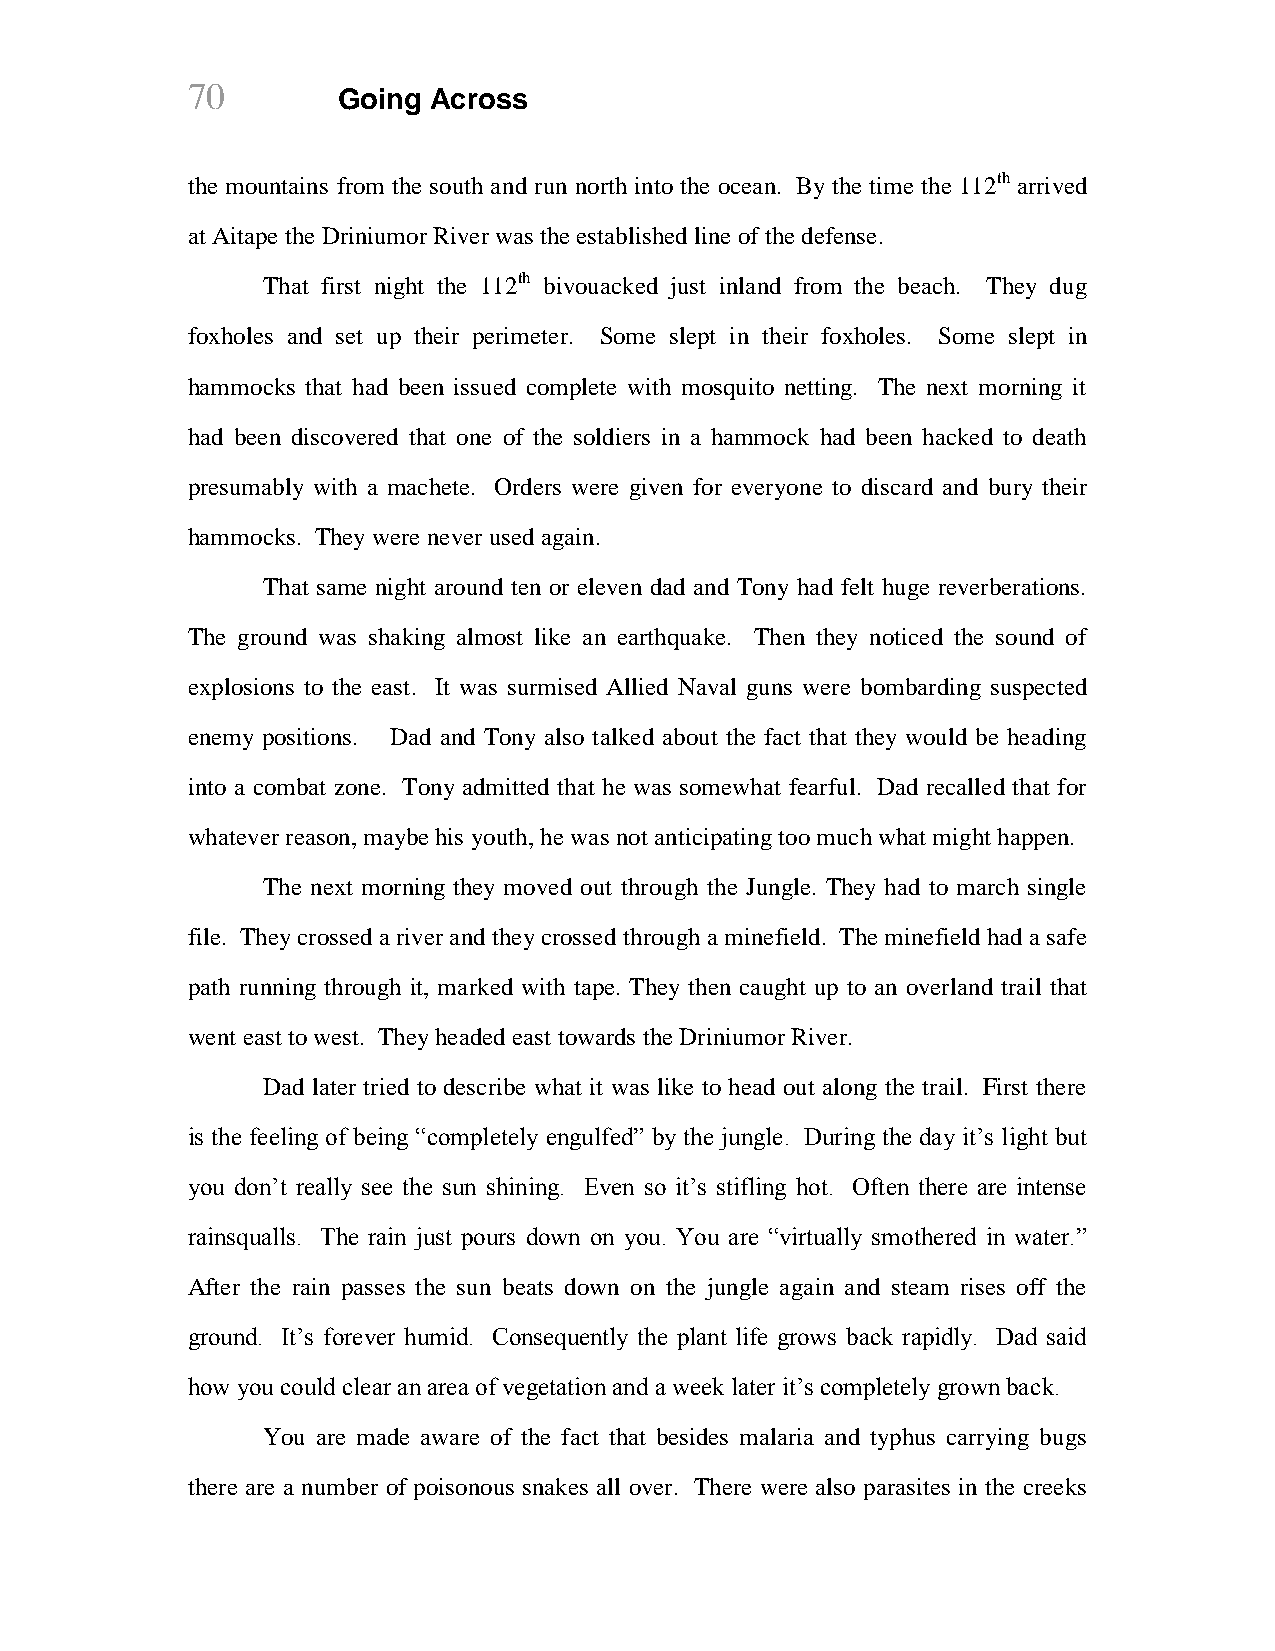
70
 Going Across
 the mountains from the south and run north into the ocean. By the time the 112th arrived
 at Aitape the Driniumor River was the established line of the defense.
 That first night the 112th bivouacked just inland from the beach. They dug
 foxholes and set up their perimeter. Some slept in their foxholes. Some slept in
 hammocks that had been issued complete with mosquito netting. The next morning it
 had been discovered that one of the soldiers in a hammock had been hacked to death
 presumably with a machete. Orders were given for everyone to discard and bury their
 hammocks. They were never used again.
 That same night around ten or eleven dad and Tony had felt huge reverberations.
 The ground was shaking almost like an earthquake. Then they noticed the sound of
 explosions to the east. It was surmised Allied Naval guns were bombarding suspected
 enemy positions. Dad and Tony also talked about the fact that they would be heading
 into a combat zone. Tony admitted that he was somewhat fearful. Dad recalled that for
 whatever reason, maybe his youth, he was not anticipating too much what might happen.
 The next morning they moved out through the Jungle. They had to march single
 file. They crossed a river and they crossed through a minefield. The minefield had a safe
 path running through it, marked with tape. They then caught up to an overland trail that
 went east to west. They headed east towards the Driniumor River.
 Dad later tried to describe what it was like to head out along the trail. First there
 is the feeling of being “completely engulfed” by the jungle. During the day it‟s light but
 you don‟t really see the sun shining. Even so it‟s stifling hot. Often there are intense
 rainsqualls. The rain just pours down on you. You are “virtually smothered in water.”
 After the rain passes the sun beats down on the jungle again and steam rises off the
 ground. It‟s forever humid. Consequently the plant life grows back rapidly. Dad said
 how you could clear an area of vegetation and a week later it‟s completely grown back.
 You are made aware of the fact that besides malaria and typhus carrying bugs
 there are a number of poisonous snakes all over. There were also parasites in the creeks